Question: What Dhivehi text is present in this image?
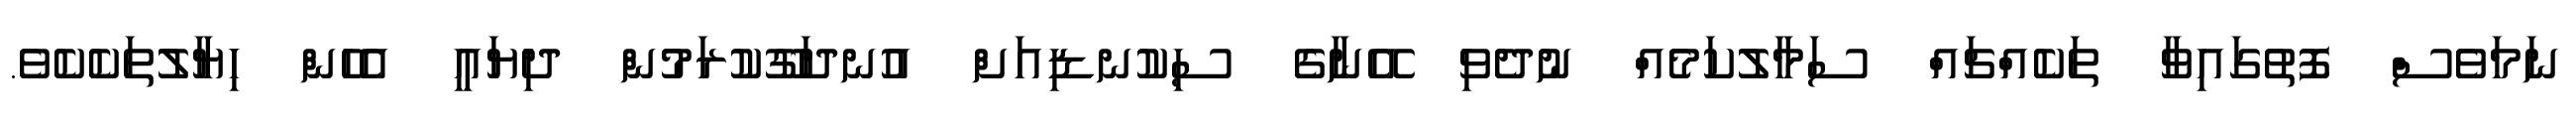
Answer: ނަމަވެސް ފޮތުގައިވާ ތަކެއްޗައް ސަމާލުކަމެއް ނުދެވި އޭނާގެ ސިކުނޑިއަށް އުނދަގޫކުރަމުން ދިޔައީ އެހެން ހިޔާލުތަކެކެވެ.